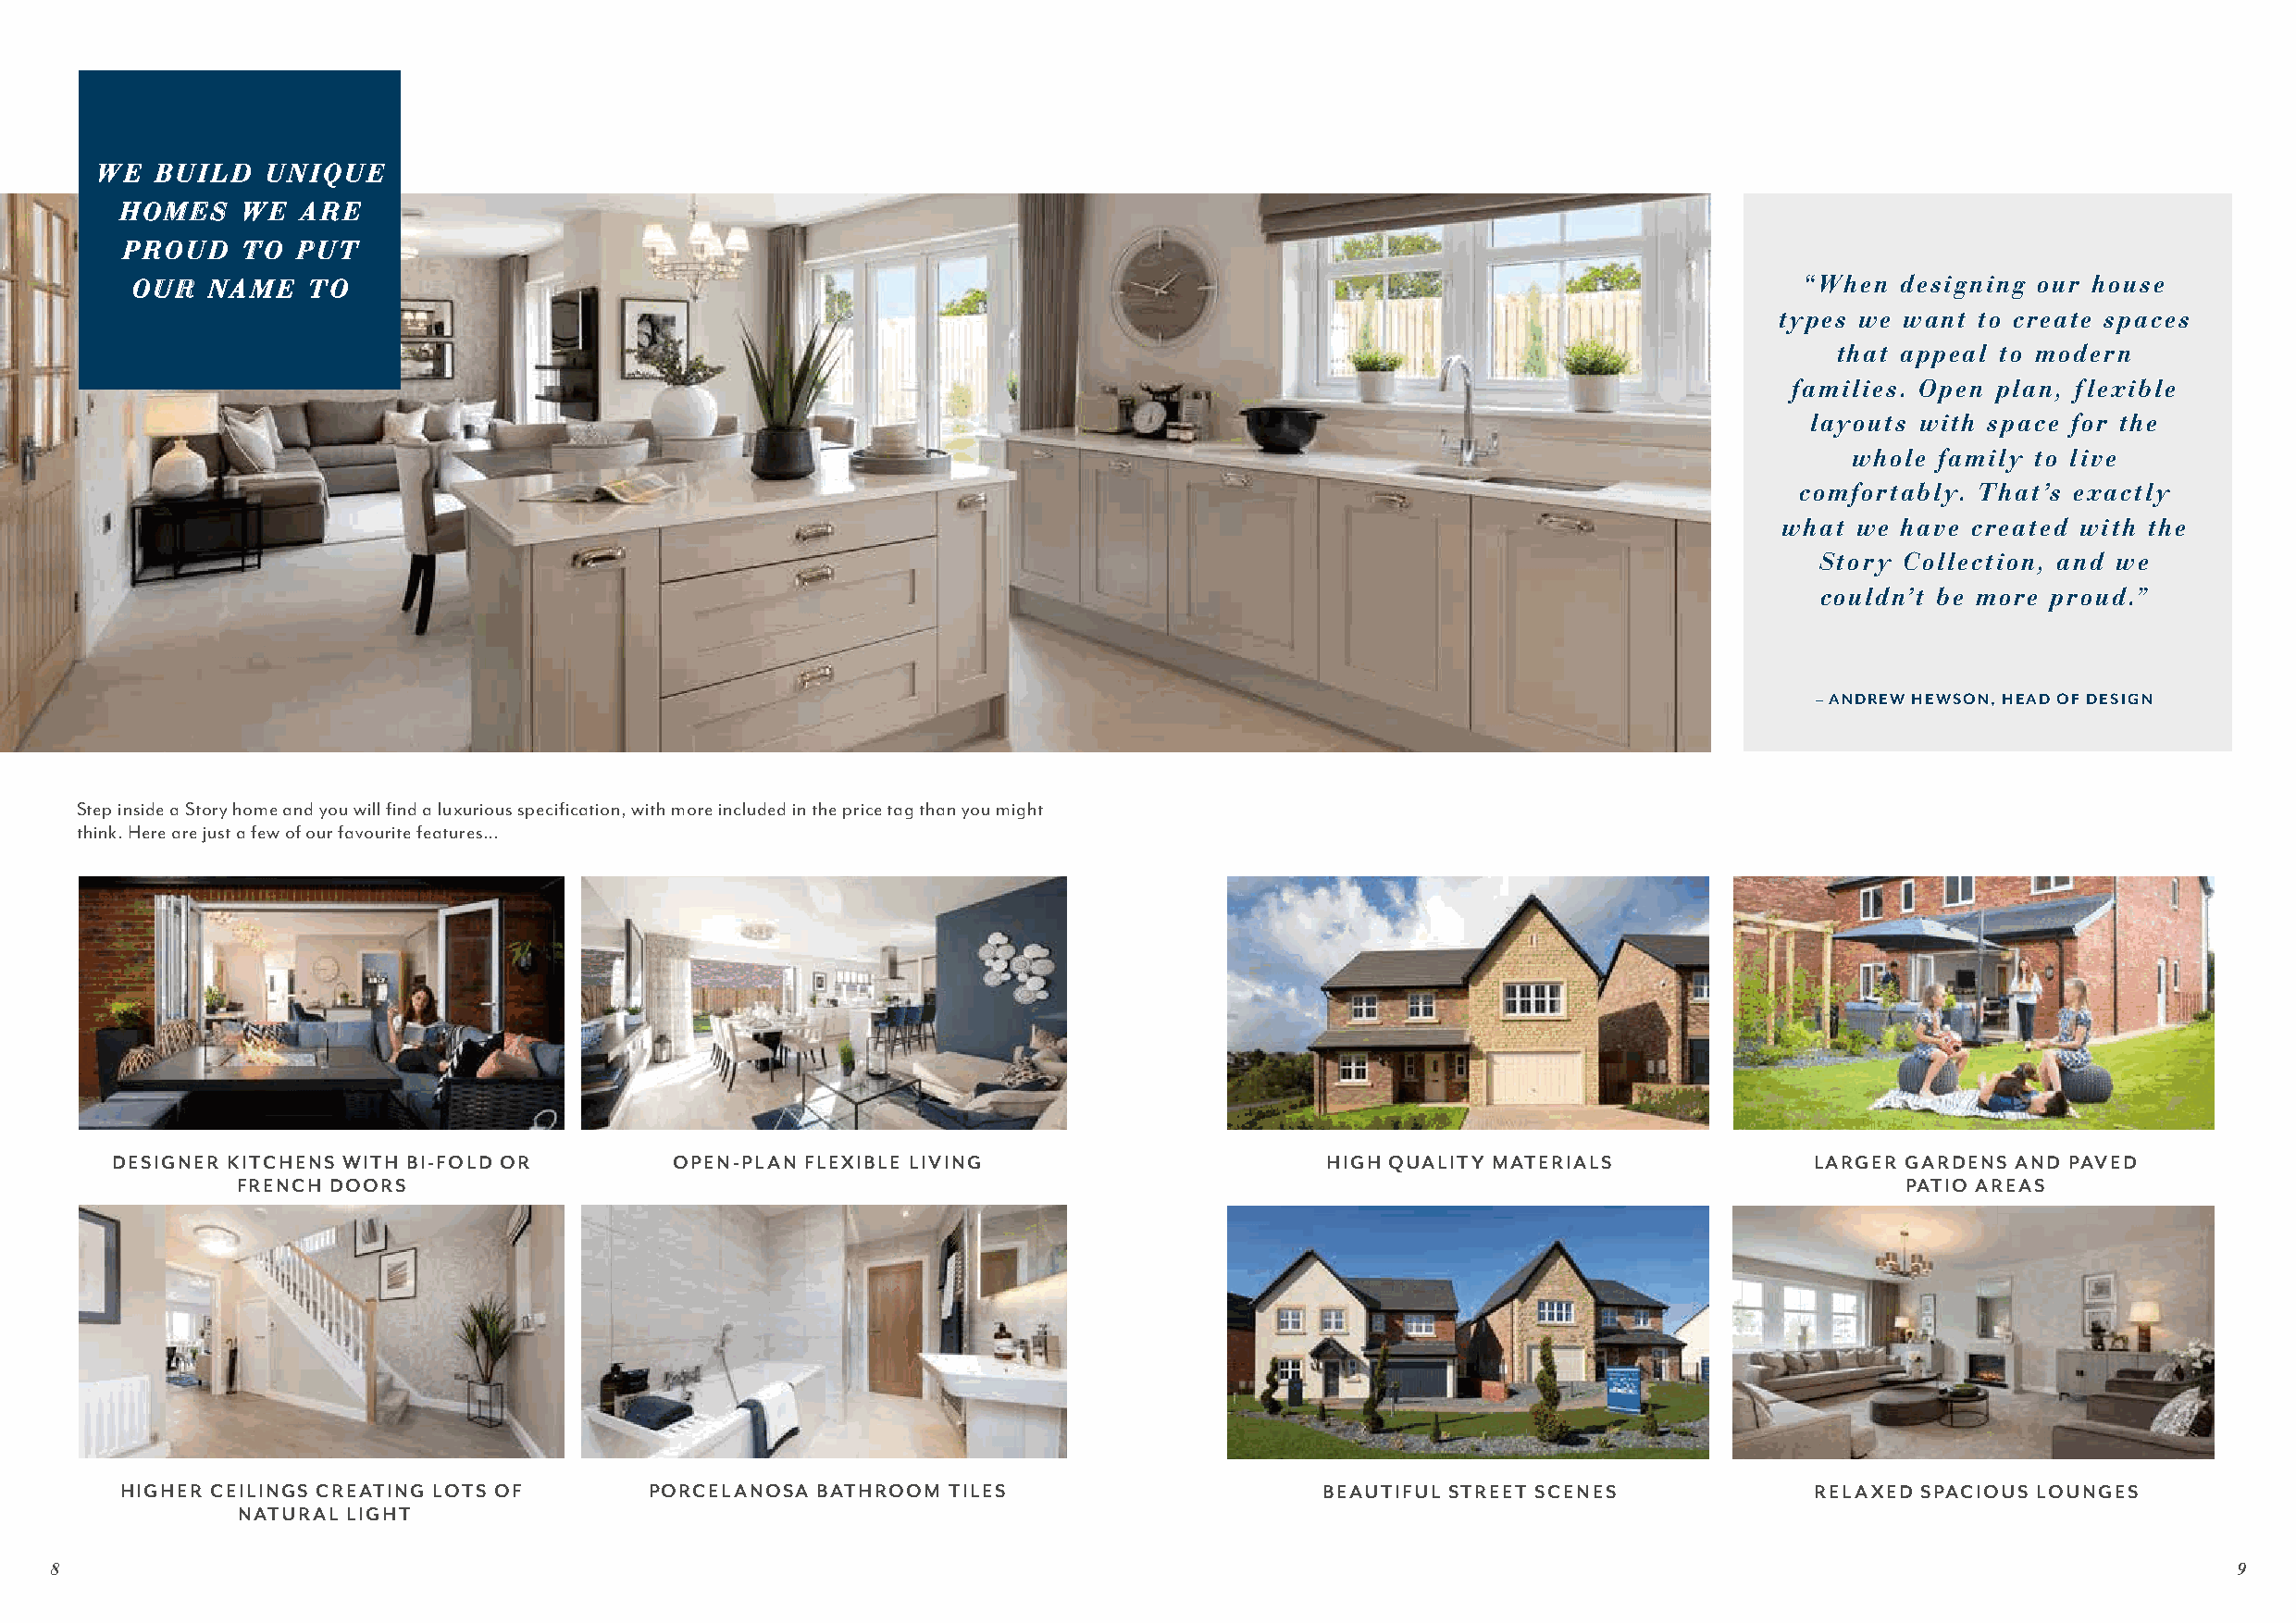
WWEE BBUUIILLDD UUNNIIQQUUEE
 HHOOMMEESS WWEE AARREE
 PPRROOUUDD TTOO PPUUTT
 OOUURR NNAAMMEE TTOO                                                                                                    ““WWhheenn ddeessiiggnniinngg oouurr hhoouussee
 ttyyppeess wwee wwaanntt ttoo ccrreeaattee ssppaacceess
 tthhaatt aappppeeaall ttoo mmooddeerrnn
 ffaammiilliieess.. OOppeenn ppllaann,, fflleexxiibbllee
 llaayyoouuttss wwiitthh ssppaaccee ffoorr tthhee
 wwhhoollee ffaammiillyy ttoo lliivvee
 ccoommffoorrttaabbllyy.. TThhaatt’’ss eexxaaccttllyy
 wwhhaatt wwee hhaavvee ccrreeaatteedd wwiitthh tthhee
 SSttoorryy CCoolllleeccttiioonn,, aanndd wwee
 ccoouullddnn’’tt bbee mmoorree pprroouudd..””
 –– AANNDDRREEWW HHEEWWSSOONN,, HHEEAADD OOFF DDEESSIIGGNN
 Step inside a Story home and you will find a luxurious specification, with more included in the price tag than you might
 think. Here are just a few of our favourite features…
 DESIGNER KITCHENS WITH BI-FOLD OR       OPEN-PLAN FLEXIBLE LIVING                      HIGH QUALITY MATERIALS             LARGER GARDENS AND PAVED
 FRENCH DOORS                                                                                                           PATIO AREAS
 HIGHER CEILINGS CREATING LOTS OF     PORCELANOSA BATHROOM  TILES                      BEAUTIFUL STREET SCENES            RELAXED SPACIOUS LOUNGES
 NATURAL LIGHT
 8                                                                                                                                                           9